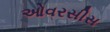
ઓવરસીસ